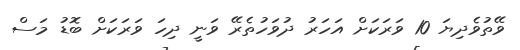
ވޭތުވެދިޔަ 10 ވަރަކަށް އަހަރު ދުވަހުތެރޭ ވަނީ ދިހަ ވަރަކަށް ބޮޑު މަސް